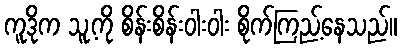
ကူဒိုက သူ့ကို စိန်းစိန်းဝါးဝါး စိုက်ကြည့်နေသည်။